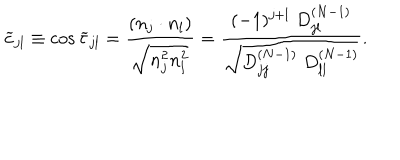
\widetilde { c } _ { j l } \equiv \cos \widetilde { \tau } _ { j l } = \frac { ( n _ { j } \cdot n _ { l } ) } { \sqrt { n _ { j } ^ { 2 } n _ { l } ^ { 2 } } } = \frac { ( - 1 ) ^ { j + l } \; D _ { j l } ^ { ( N - 1 ) } } { \sqrt { D _ { j j } ^ { ( N - 1 ) } \; D _ { l l } ^ { ( N - 1 ) } } } .